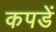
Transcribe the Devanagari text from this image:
कपडें